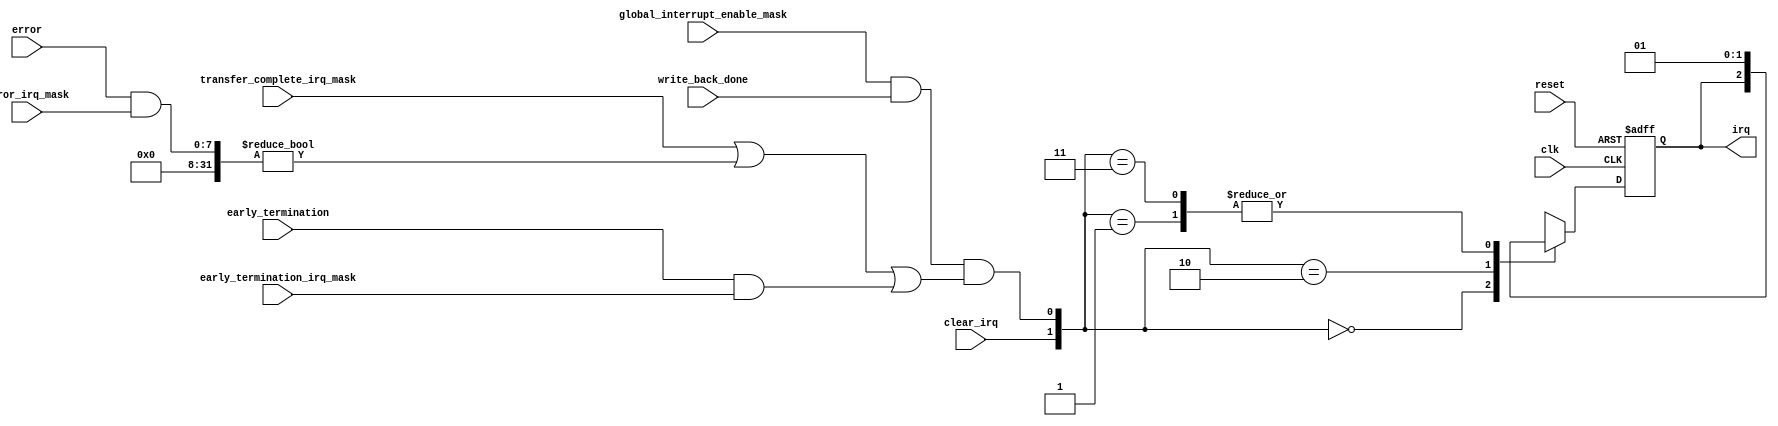
// (C) 2001-2020 Intel Corporation. All rights reserved.
// Your use of Intel Corporation's design tools, logic functions and other 
// software and tools, and its AMPP partner logic functions, and any output 
// files from any of the foregoing (including device programming or simulation 
// files), and any associated documentation or information are expressly subject 
// to the terms and conditions of the Intel Program License Subscription 
// Agreement, Intel FPGA IP License Agreement, or other applicable 
// license agreement, including, without limitation, that your use is for the 
// sole purpose of programming logic devices manufactured by Intel and sold by 
// Intel or its authorized distributors.  Please refer to the applicable 
// agreement for further details.


// synthesis translate_off
`timescale 1ns / 1ps
// synthesis translate_on

module altera_msgdma_prefetcher_interrupt (
    input           clk,
    input           reset,
    input           write_back_done,
    input           transfer_complete_irq_mask,
    input [7:0]     error_irq_mask,
    input           early_termination_irq_mask,
    input [7:0]     error,
    input           early_termination,
    input           clear_irq,
    input           global_interrupt_enable_mask,

    output reg      irq

);

wire set_irq;

always @(posedge clk or posedge reset) begin
    if (reset)
        irq <= 0;
    else begin
        case ({clear_irq, set_irq})
            2'b00: irq <= irq;
            2'b01: irq <= 1'b1;
            2'b10: irq <= 1'b0;
            2'b11: irq <= 1'b1;
        endcase
    end
end

assign set_irq  = (global_interrupt_enable_mask == 1) & (write_back_done == 1) &       // transfer ended and interrupts are enabled
                   ((transfer_complete_irq_mask == 1) |                        // transfer ended and the transfer complete IRQ is enabled
                    ((error & error_irq_mask) != 0) |                          // transfer ended with an error and this IRQ is enabled
                    ((early_termination & early_termination_irq_mask) == 1));  // transfer ended early due to early termination and this IRQ is enabled

                    
endmodule